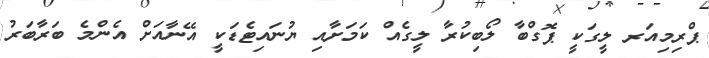
ޕްރިމިއަރ ލީގަކީ ޕޮގްބާ ލޯބިކުރާ ލީގެއް ކަމަށާއި ޔުނައިޓެޑަކީ އޭނާއަށް އެންމެ ބަރާބަރު